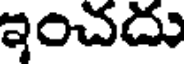
ఇంచదు